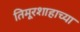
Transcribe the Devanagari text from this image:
तिमूरशाहाच्या